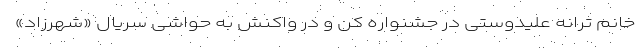
خانم ترانه علیدوستی در جشنواره کن و در واکنش به حواشی سریال «شهرزاد»